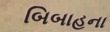
બિબાહના